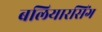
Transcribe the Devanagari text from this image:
बलियारसिंग